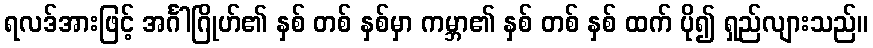
ရလဒ်အားဖြင့် အင်္ဂါဂြိုဟ်၏ နှစ် တစ် နှစ်မှာ ကမ္ဘာ၏ နှစ် တစ် နှစ် ထက် ပို၍ ရှည်လျားသည်။